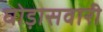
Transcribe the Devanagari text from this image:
घोड़ासवारी